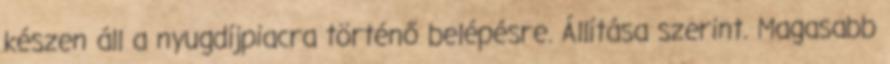
készen áll a nyugdíjpiacra történő belépésre. Állítása szerint. Magasabb